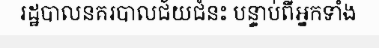
រដ្ឋបាលនគរបាលជ័យជំនះ បន្ទាប់ពីអ្នកទាំង